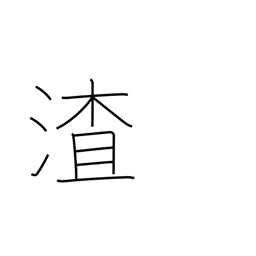
Meaning: dregs